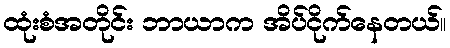
ထုံးစံအတိုင်း ဘာယာက အိပ်ငိုက်နေတယ်။